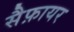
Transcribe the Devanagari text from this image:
सैफ़ायर